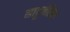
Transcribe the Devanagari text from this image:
नाटूनेसिस